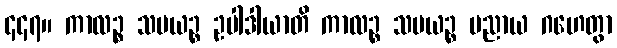
၄၄၇။ ကာလဉ္စ သမယဉ္စ ဥပါဒါယာတိ ကာလဉ္စ သမယဉ္စ ပညာယ ဂဟေတွာ